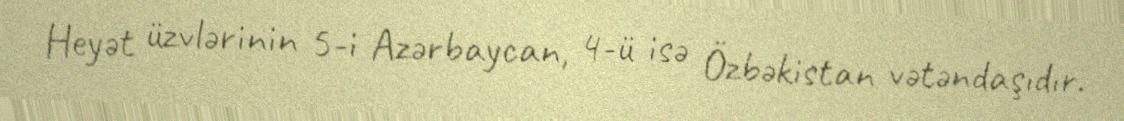
Heyət üzvlərinin 5-i Azərbaycan, 4-ü isə Özbəkistan vətəndaşıdır.